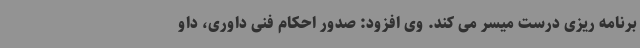
برنامه ریزی درست میسر می کند. وی افزود: صدور احکام فنی داوری، داو